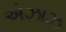
એઝાઝ